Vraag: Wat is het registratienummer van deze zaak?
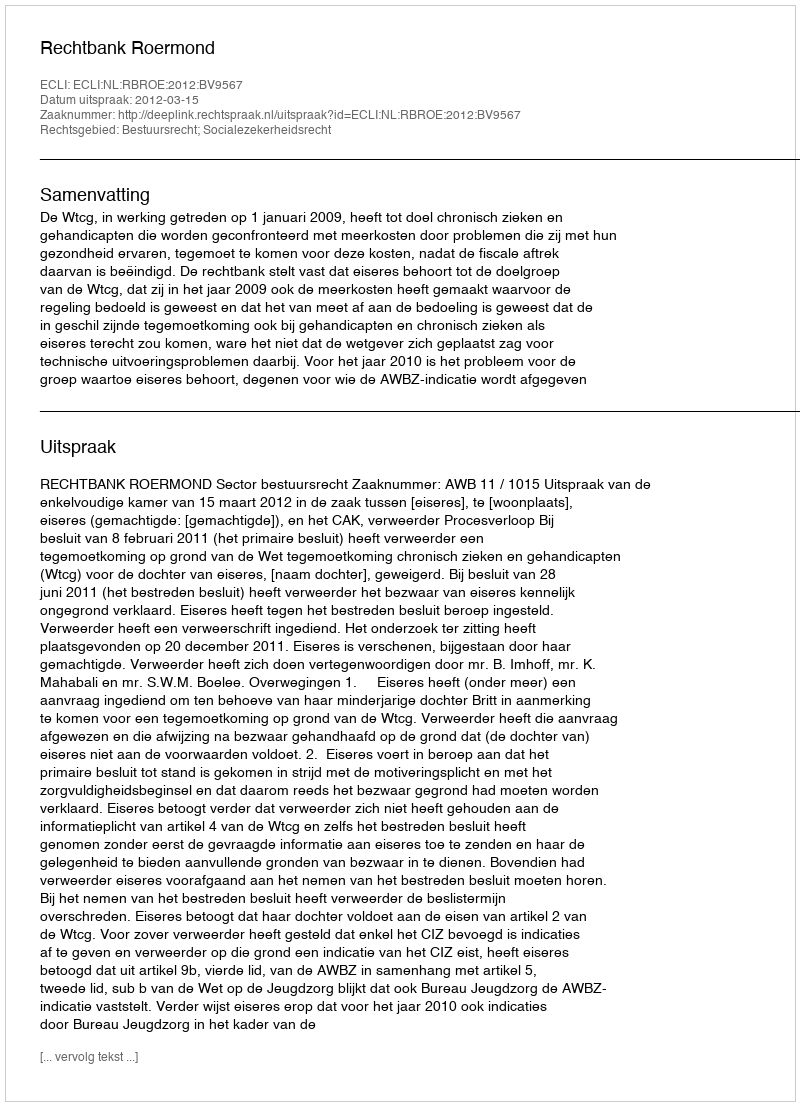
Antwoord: http://deeplink.rechtspraak.nl/uitspraak?id=ECLI:NL:RBROE:2012:BV9567